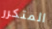
المتكرر